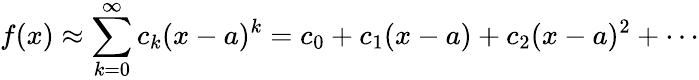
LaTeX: f(x)\approx\sum_{k=0}^{\infty}c_{k}(x-a)^{k}=c_{0}+c_{1}(x-a)+c_{2}(x-a)^{2}+\cdots